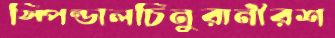
স্পিন্ডালচিনুরানীরশ